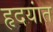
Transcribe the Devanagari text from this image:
हृदयांत